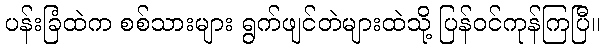
ပန်းခြံထဲက စစ်သားများ ရွက်ဖျင်တဲများထဲသို့ ပြန်ဝင်ကုန်ကြပြီ။